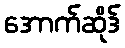
အောက်ဆိုဒ်